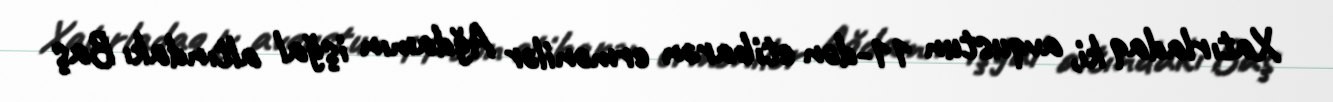
Xatırladaq ki, avqustun 11-dən etibarən ermənilər Ağdamın işğal altındakı Baş